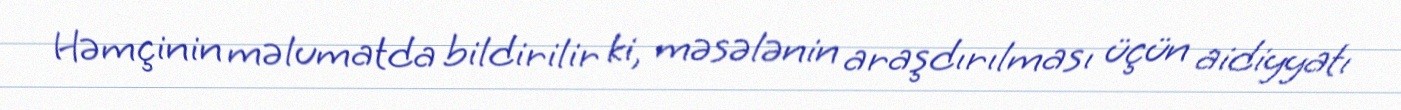
Həmçinin məlumatda bildirilir ki, məsələnin araşdırılması üçün aidiyyatı